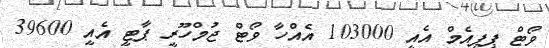
ވޯޓް ޕީޕީއެމް އެއީ 103000 އެއްހާ ވޯޓް ޖުމްހޫރީ ޕާޓީ އެއީ 39600